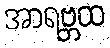
အာရဗ္ဘထ